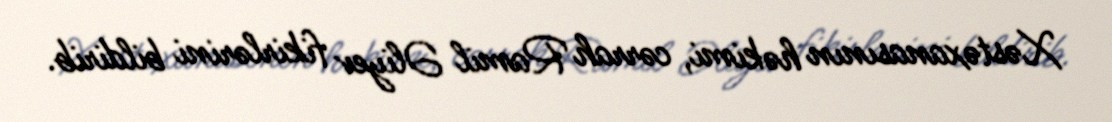
Xəstəxanasının həkimi, cərrah Ramil Əliyev fikirlərini bildirib.